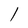
Character: l